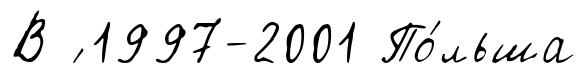
В ́ 1997-2001 По́льша